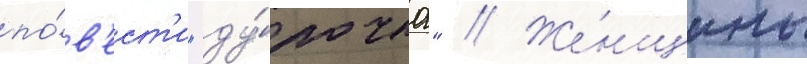
по́в'ест'и "ду́рочка" // Же́нщины